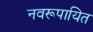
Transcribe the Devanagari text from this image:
नवरूपायित